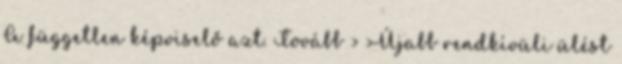
A független képviselő azt. Tovább › ›Újabb rendkívüli ülést